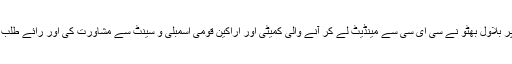
اس پر بلاول بھٹو نے سی ای سی سے مینڈیٹ لے کر آنے والی کمیٹی اور اراکین قومی اسمبلی و سینٹ سے مشاورت کی اور رائے طلب کی۔